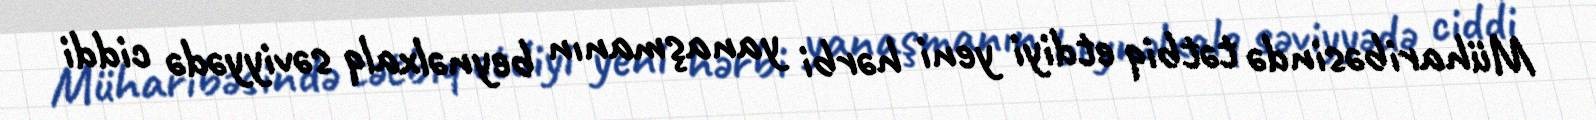
Müharibəsində tətbiq etdiyi yeni hərbi yanaşmanın beynəlxalq səviyyədə ciddi